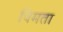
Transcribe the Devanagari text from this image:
विमता